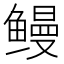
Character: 鳗